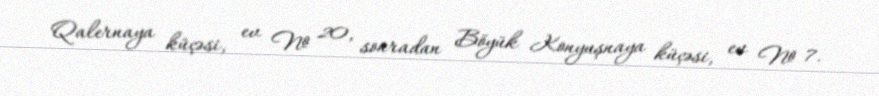
Qalernaya küçəsi, ev № 20, sonradan Böyük Konyuşnaya küçəsi, ev № 7.